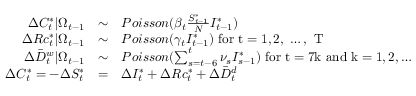
\begin{array} { r c l } { \Delta C _ { t } ^ { * } | \Omega _ { t - 1 } } & { \sim } & { P o i s s o n ( \beta _ { t } \frac { S _ { t - 1 } ^ { * } } { N } I _ { t - 1 } ^ { * } ) } \\ { \Delta R c _ { t } ^ { * } | \Omega _ { t - 1 } } & { \sim } & { P o i s s o n ( \gamma _ { t } I _ { t - 1 } ^ { * } ) \mathrm { ~ f o r ~ t = 1 , 2 , ~ \dots , ~ T ~ } } \\ { \Delta \bar { D } _ { t } ^ { w } | \Omega _ { t - 1 } } & { \sim } & { P o i s s o n ( \sum _ { s = t - 6 } ^ { t } \nu _ { s } I _ { s - 1 } ^ { * } ) \mathrm { ~ f o r ~ t = 7 k ~ a n d ~ k = 1 , 2 , \dots ~ } } \\ { \Delta C _ { t } ^ { * } = - \Delta S _ { t } ^ { * } } & { = } & { \Delta I _ { t } ^ { * } + \Delta R c _ { t } ^ { * } + \Delta \bar { D } _ { t } ^ { d } } \end{array}